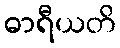
ဓာရီယတိ